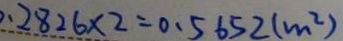
0 . 2 8 2 6 \times 2 = 0 . 5 6 5 2 ( m ^ { 2 } )